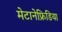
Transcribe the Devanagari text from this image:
मेटानेफ्रिडिया